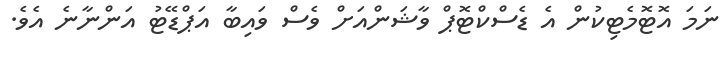
ނަމަ އޮޓޮމެޓިކުން އެ ޑެސްކްޓޮޕް ވާޝަންއަށް ވެސް ވައިބާ އަޕްޑޭޓު އަންނާނެ އެވެ.